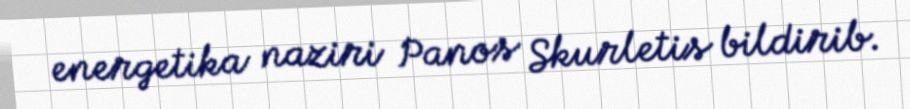
energetika naziri Panos Skurletis bildirib.